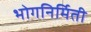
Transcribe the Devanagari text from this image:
भोगनिर्मिती